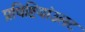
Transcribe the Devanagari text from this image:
प्रविष्टियांउलट